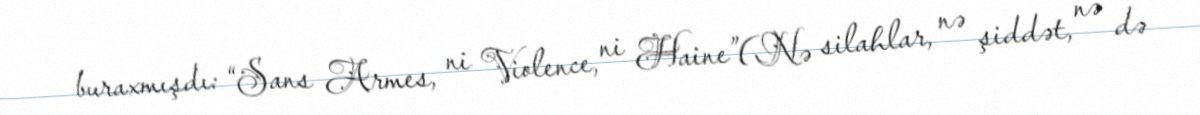
buraxmışdı: “Sans Armes, ni Violence, ni Haine”(Nə silahlar, nə şiddət, nə də